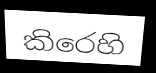
කිරෙහි